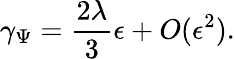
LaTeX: \gamma_{\Psi}=\frac{2\lambda}{3}\epsilon+O(\epsilon^{2}).